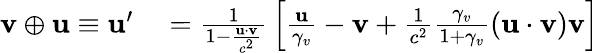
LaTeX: \begin{array}{rl}{\mathbf{v}\oplus\mathbf{u}\equiv\mathbf{u}^{\prime}}&{{}={\frac{1}{1-{\frac{\mathbf{u}\cdot\mathbf{v}}{c^{2}}}}}\left[{\frac{\mathbf{u}}{\gamma_{v}}}-\mathbf{v}+{\frac{1}{c^{2}}}{\frac{\gamma_{v}}{1+\gamma_{v}}}(\mathbf{u}\cdot\mathbf{v})\mathbf{v}\right]}\end{array}